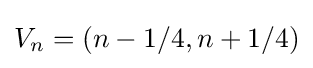
V_{n}=(n-1/4,n+1/4)